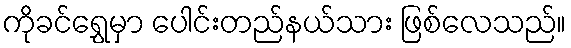
ကိုခင်ရွှေမှာ ပေါင်းတည်နယ်သား ဖြစ်လေသည်။